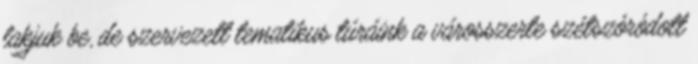
lakjuk be, de szervezett tematikus túráink a városszerte szétszóródott